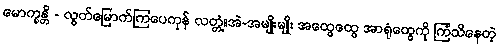
မောက္ခန္တိ - လွတ်မြောက်ကြပေကုန် လတ္တံ့။အဲ-အမျိုးမျိုး အထွေထွေ အာရုံတွေကို ကြံသိနေတဲ့